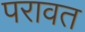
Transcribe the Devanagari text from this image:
परावत